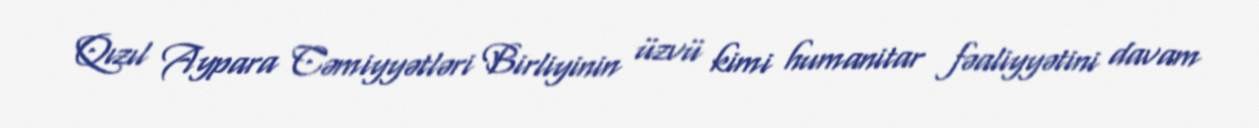
Qızıl Aypara Cəmiyyətləri Birliyinin üzvü kimi humanitar fəaliyyətini davam